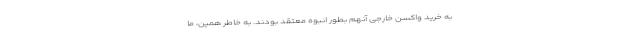
به خرید واکسن خارجی آنهم بطور انبوه معتقد بودند. به خاطر همین، ما